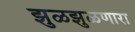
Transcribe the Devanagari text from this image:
झुळझुळणारा